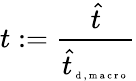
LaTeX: t:=\frac{\hat{t}}{\hat{t}_{\tiny{\mathrm{~d~,~m~a~c~r~o~}}}}